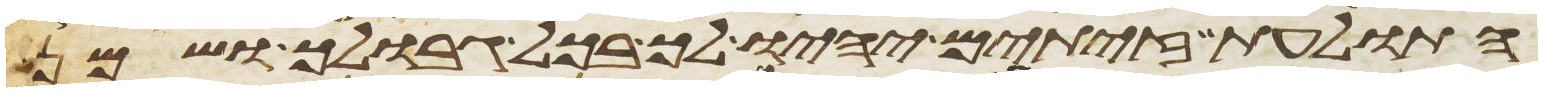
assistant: התולעת זיתים יהיו לך בכל גבולך ושמן